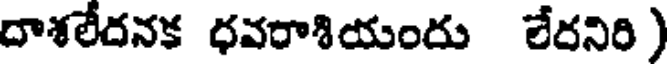
దాశలేదనక ధవరాశియందు లేదనిరి )